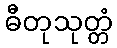
ဓီတုသုတ္တံ